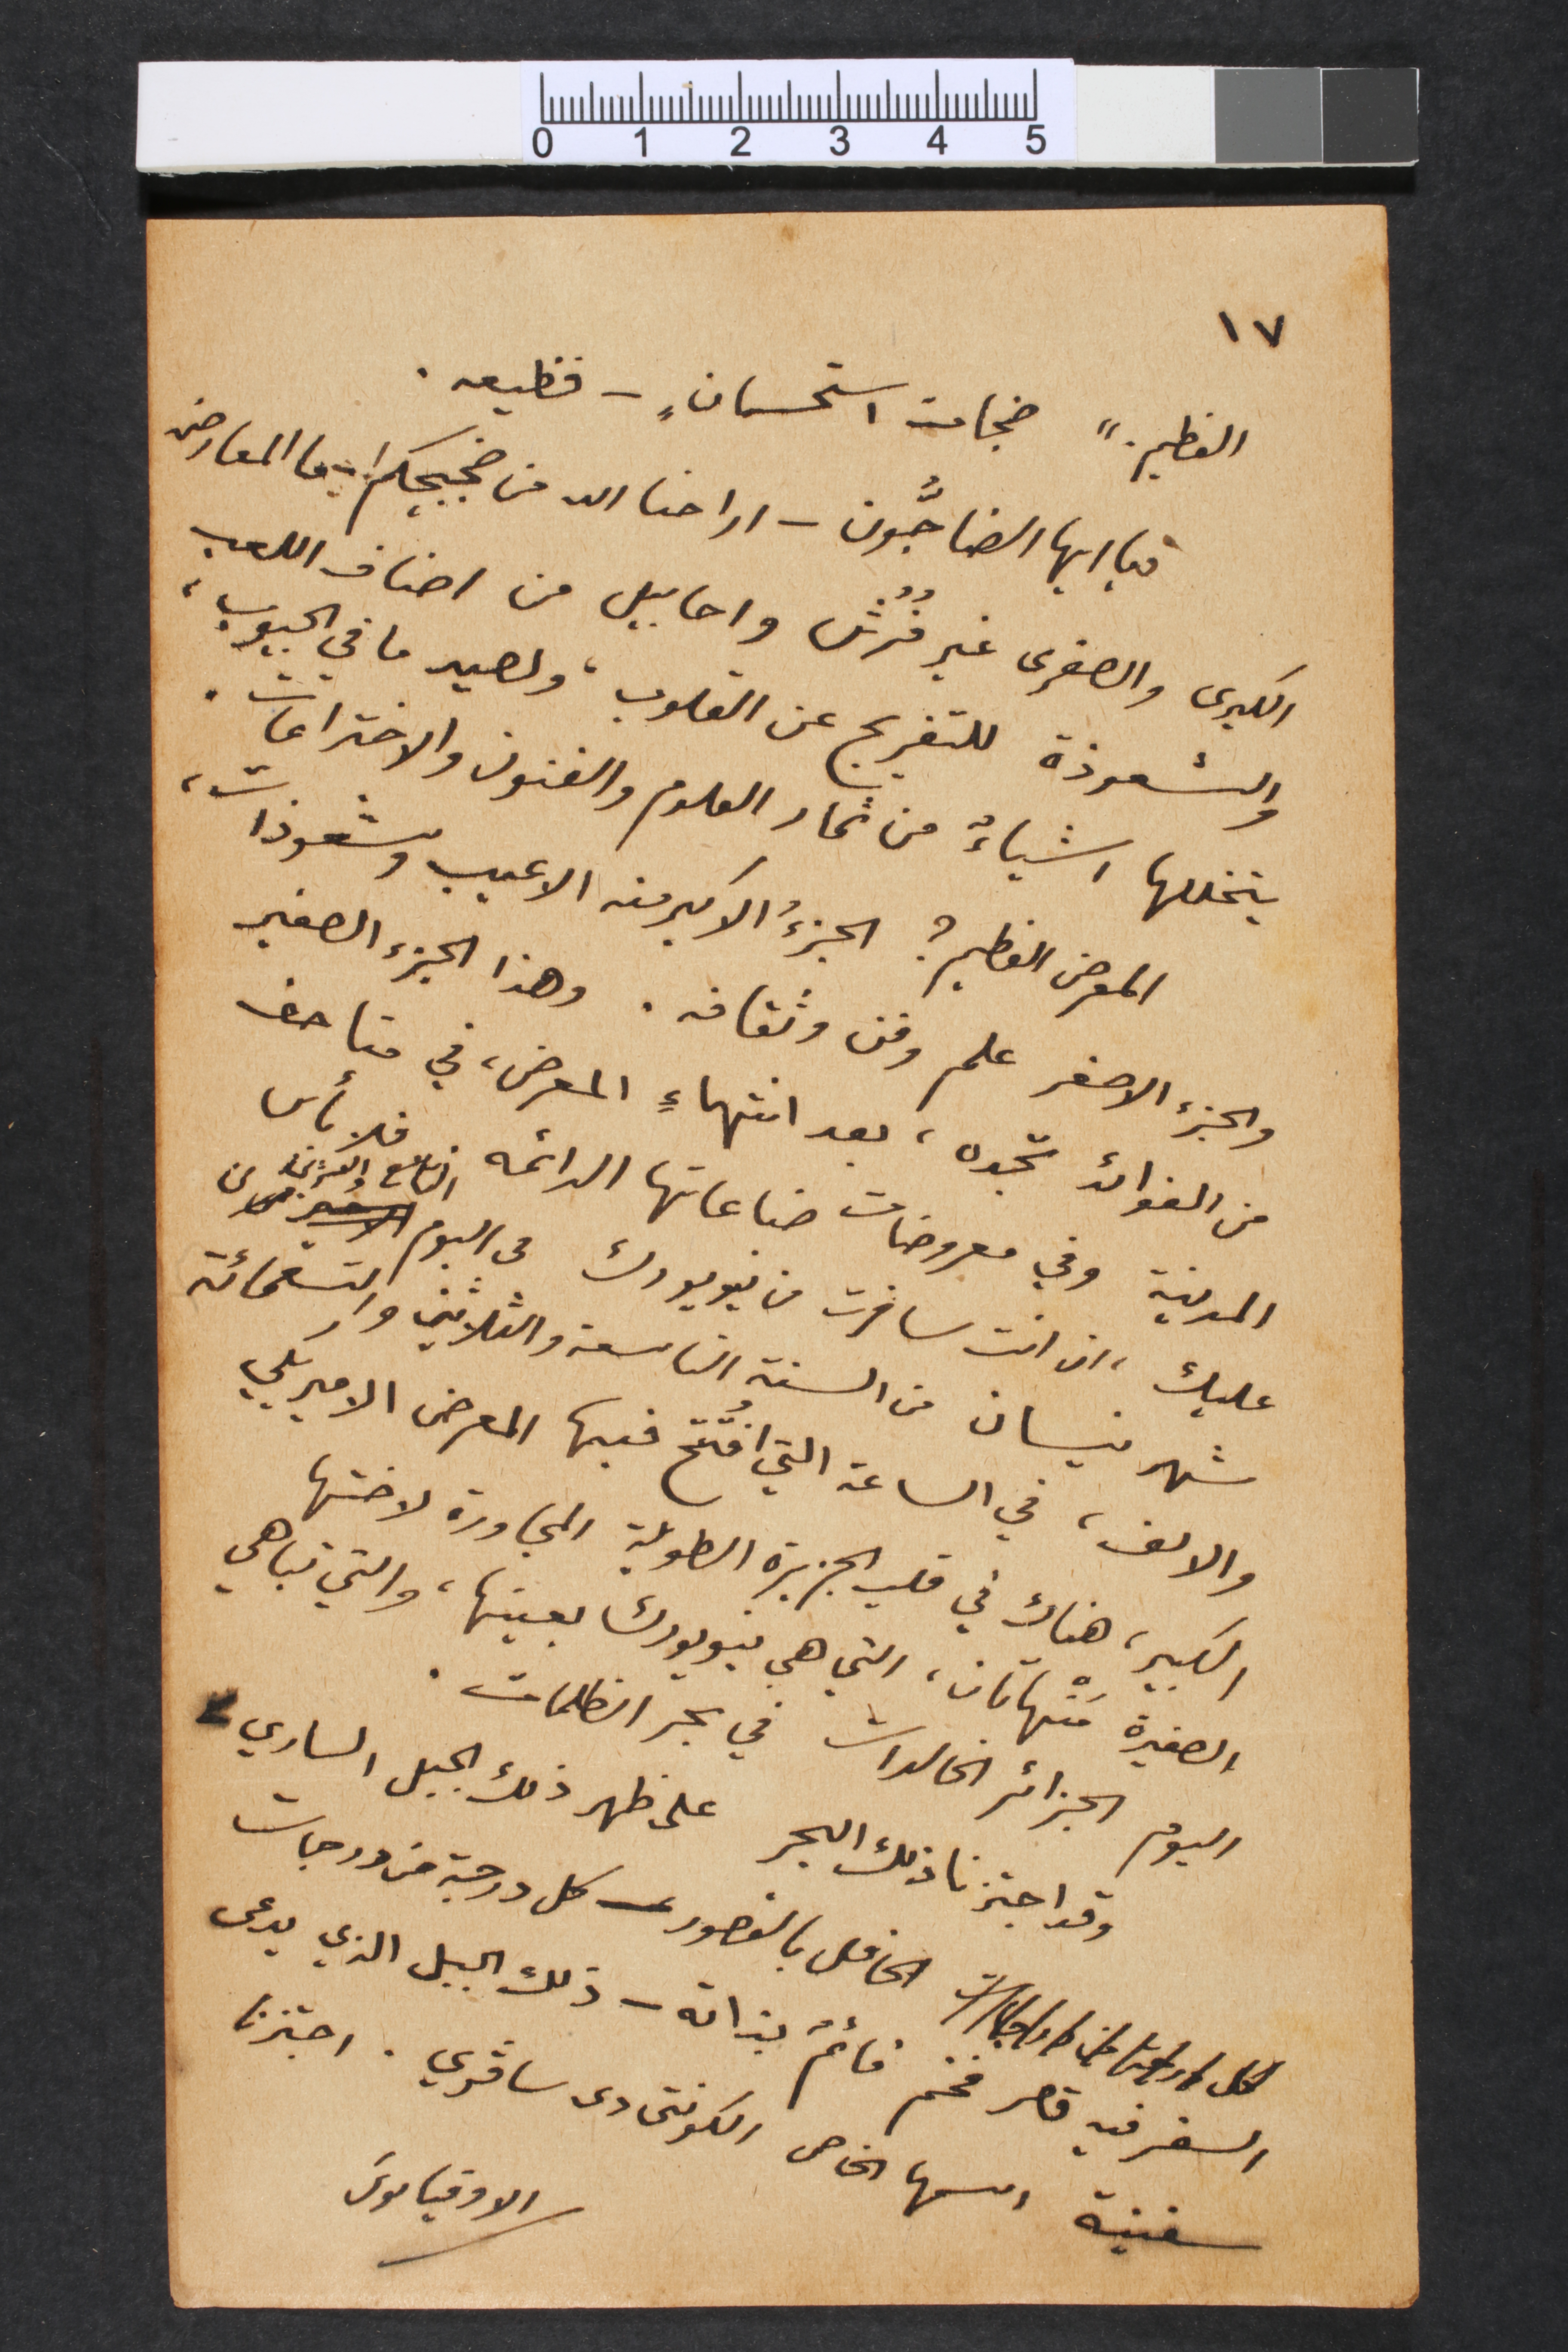
١٧
العظيم." ضجات استحسانٍ – فظيعه.
تبا ايها الضاجّون – اراحنا الله من ضجيجكم ! – ما المعارض
الكبرى والصغرى غير فُرُش واحابيل من اصناف اللعب
والشعوذة للتفريج عن القلوب، ولصيد ما في الجيوب،
يتخللها اشياءٌ من ثمار العلوم والفنون والاختراعات.
المعرض العظيم؟ الجزءُ الاكبر منه الاعيب وشعوذات،
والجزء الاصغر علم وفن وثقافه. وهذا الجزء الصغير
من الفوائد تجده، بعد انتهاء المعرض، في متاحف
المدنية وفي معروضات صناعاتها الدائمه. فلا بأس
عليك، ان انت سافرت من نيويورك من اليوم التاسع والعشرين من
شهر نيسان من السنة التاسعة والثلاثين والتسعمائة
والالف، في الساعة التي افتتحُ فيها المعرض الاميريكي
الكبير، هناك في قلب الجزيرة الطويلة المجاورة لاختها
الصغيرة مَنْهاتان، التي هي نيويورك بعينها، والتي تباهي
اليوم الجزائر الخالدات في بحر الظلمات.
وقد اجتزنا ذلك البحر على ظهر ذلك الجبل الساري
الحافل بالقصور ـ كل درجة من درجات
السفر فيه قصر فخم قائمٌ بذاته – ذلك الجبل الذي يدعى
سفينة اسمها الخاص الكونتى دى سافري. اجتزنا
الاوقيانوسَ